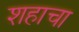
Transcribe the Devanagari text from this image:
शहाचा